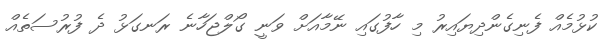
ކުޅުމެއް ފެނިގެންދިޔައިރު މި ހާފުގައި ނޭމާއަށް ވަނީ ގޯލްޖަހާނެ ރަނގަޅު ދެ ފުރުސަތެއް